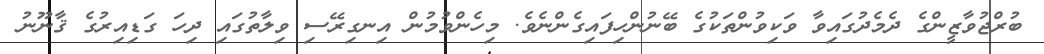
ބުރްޖުވާޒީންގެ ދެމެދުގައިވާ ވަކިވުންތަކުގެ ބޭނުންހިފައިގެންނެވެ. މިހެންވުމުން އިނގިރޭސި ވިލާތުގައި ދިހަ ގަޑިއިރުގެ ޤާނޫނު